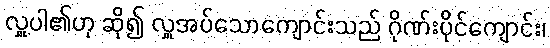
လှူပါ၏ဟု ဆို၍ လှူအပ်သောကျောင်းသည် ဂိုဏ်းပိုင်ကျောင်း၊